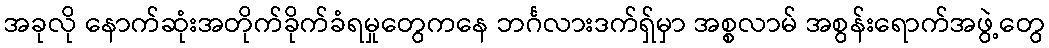
အခုလို နောက်ဆုံးအတိုက်ခိုက်ခံရမှုတွေကနေ ဘင်္ဂလားဒက်ရှ်မှာ အစ္စလာမ် အစွန်းရောက်အဖွဲ့တွေ